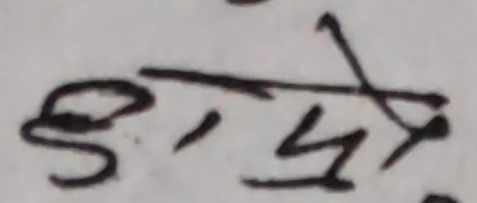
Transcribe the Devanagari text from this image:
हुनु हो ।